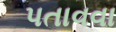
પતાવવા